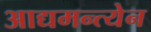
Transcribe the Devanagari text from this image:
आद्यमन्त्येन